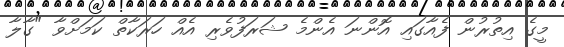
މީގެ އިތުރުން ފެއާގައި އޮންނަ އެންމެ ޝަރަފުވެރި އެއް ހަރަކާތް ކަމަށްވާ "ގާލާ